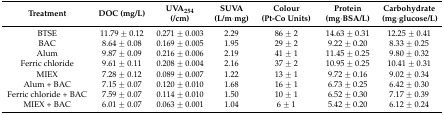
| Treatment | DOC (mg/L) | UVA254 (/cm) | SUVA (L/m·mg) | Colour (Pt-Co Units) | Protein (mg·BSA/L) | Carbohydrate (mg·glucose/L) |
 | --- | --- | --- | --- | --- | --- | --- |
 | BTSE | 11.79 ± 0.12 | 0.271 ± 0.003 | 2.29 | 86 ± 2 | 14.63 ± 0.31 | 12.25 ± 0.41 |
 | BAC | 8.64 ± 0.08 | 0.169 ± 0.005 | 1.95 | 29 ± 2 | 9.22 ± 0.20 | 8.33 ± 0.25 |
 | Alum | 9.87 ± 0.09 | 0.216 ± 0.006 | 2.19 | 41 ± 1 | 11.45 ± 0.25 | 9.80 ± 0.32 |
 | Ferric chloride | 9.61 ± 0.11 | 0.208 ± 0.004 | 2.16 | 37 ± 2 | 10.95 ± 0.25 | 10.41 ± 0.31 |
 | MIEX | 7.28 ± 0.12 | 0.089 ± 0.007 | 1.22 | 13 ± 1 | 9.72 ± 0.16 | 9.02 ± 0.34 |
 | Alum + BAC | 7.15 ± 0.07 | 0.120 ± 0.010 | 1.68 | 16 ± 1 | 6.73 ± 0.25 | 6.42 ± 0.30 |
 | Ferric chloride + BAC | 7.59 ± 0.07 | 0.114 ± 0.010 | 1.50 | 10 ± 1 | 6.52 ± 0.30 | 7.17 ± 0.39 |
 | MIEX + BAC | 6.01 ± 0.07 | 0.063 ± 0.001 | 1.04 | 6 ± 1 | 5.42 ± 0.20 | 6.12 ± 0.24 |